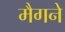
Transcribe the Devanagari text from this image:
मैगने